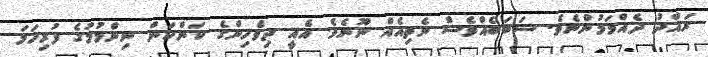
ރައްދު ދެއްވަމުންނެވެ. ސަބަބެއްވެސް ނެތިއެއް ނޫނެވެ. އެއީ ދިވެހިންގެ ކަންކަން ނިންމުމުގެ ފުރިހަމަ